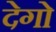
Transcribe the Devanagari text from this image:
देगो